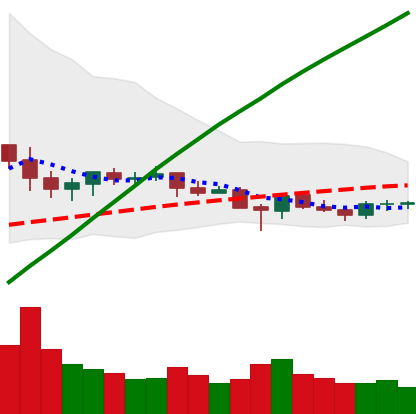
Ticker: ETC-USD
Chart end date: 2021-06-15
Forward return: -13.919%
Label: down_7plus